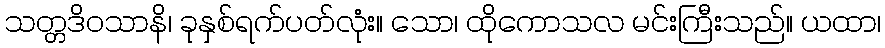
သတ္တဒိဝသာနိ၊ ခုနှစ်ရက်ပတ်လုံး။ သော၊ ထိုကောသလ မင်းကြီးသည်။ ယထာ၊